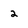
Character: 2